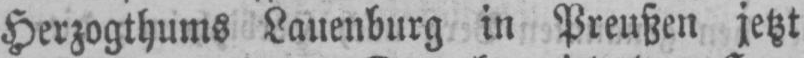
Herzogthums Lauenburg in Preußen jetzt